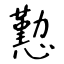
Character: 懃